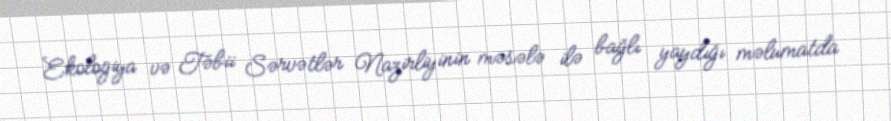
Ekologiya və Təbii Sərvətlər Nazirliyinin məsələ ilə bağlı yaydığı məlumatda